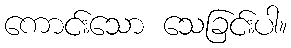
ကောင်းသော သေခြင်းပါ။